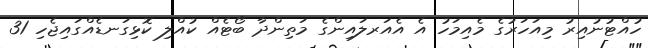
ހުއްޓުނުއިރު މިއަހަރުގެ މެއިމަހު އެ އެއަރލައިންގެ މަތިންދާ ބޯޓެއް ކުއްލި ކޮޅިގަނޑެއްގައިޖެހި 31